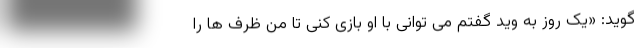
گوید: «یک روز به وید گفتم می توانی با او بازی کنی تا من ظرف ها را